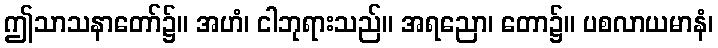
ဤသာသနာတော်၌။ အဟံ၊ ငါဘုရားသည်။ အရညော၊ တော၌။ ပစလာယမာနံ၊